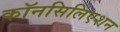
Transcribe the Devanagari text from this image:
कॉनसिलिएशन